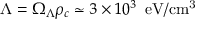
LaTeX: \Lambda = \Omega _ { \Lambda } \rho _ { c } \simeq 3 \times 1 0 ^ { 3 } \; \; \mathrm { e V / \mathrm { c m } ^ { 3 } }